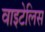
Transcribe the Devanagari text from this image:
वाइटेलिस